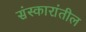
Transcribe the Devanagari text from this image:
संस्कारांतील